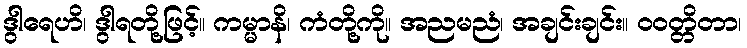
ဒွါရေဟိ၊ ဒွါရတို့ဖြင့်။ ကမ္မာနိ၊ ကံတို့ကို။ အညမညံ၊ အချင်းချင်း။ ဝဝတ္တိတာ၊